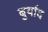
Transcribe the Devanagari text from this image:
बुर्याद